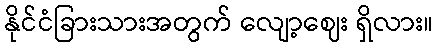
နိုင်ငံခြားသားအတွက် လျော့ဈေး ရှိလား။